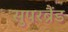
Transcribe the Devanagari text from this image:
सुपरब्रैंड